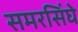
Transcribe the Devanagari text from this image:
समरसिंघे